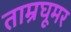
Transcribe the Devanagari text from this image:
ताम्रघूमर